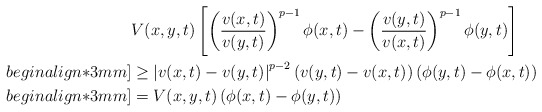
\begin{align*}&V(x,y,t)\left[\left(\frac{v(x,t)}{v(y,t)}\right)^{p-1}\phi(x,t)-\left(\frac{v(y,t)}{v(x,t)}\right)^{p-1}\phi(y,t)\right] \\begin{align*}3mm]&\geq \left|v(x,t)-v(y,t)\right|^{p-2}\left(v(y,t)-v(x,t)\right)\left(\phi(y,t)-\phi(x,t)\right)\\begin{align*}3mm]&=V(x,y,t)\left(\phi(x,t)-\phi(y,t)\right)\end{align*}